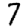
Digit: 7